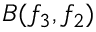
B ( f _ { 3 } , f _ { 2 } )